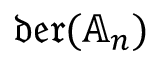
\mathfrak { d e r } ( \mathbb { A } _ { n } )